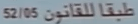
"52/05